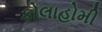
કોલાહોમી